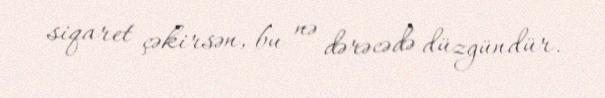
siqaret çəkirsən, bu nə dərəcədə düzgündür.